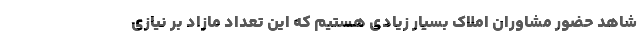
شاهد حضور مشاوران املاک بسیار زیادی هستیم که این تعداد مازاد بر نیازی